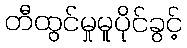
တီထွင်မှုမူပိုင်ခွင့်